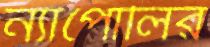
ন্যাপোলির